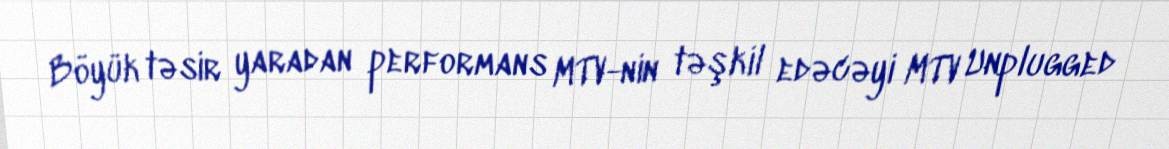
Böyük təsir yaradan performans MTV-nin təşkil edəcəyi MTV Unplugged